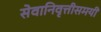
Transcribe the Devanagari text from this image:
सेवानिवृत्तीसमयी